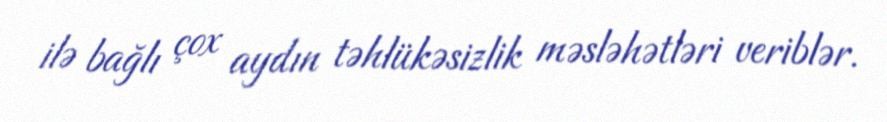
ilə bağlı çox aydın təhlükəsizlik məsləhətləri veriblər.